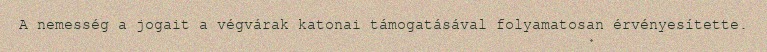
A nemesség a jogait a végvárak katonai támogatásával folyamatosan érvényesítette.